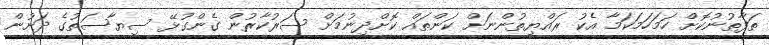
ތަފާތުނުކޮށް ހަމަހަމަކަމާ އެކު ރައްޔިތުންނަށް ކަންތައް ކޮށްދިނުމަށް ސަރުކާރުން ގެންގުޅޭ ސިޔާސަތުގެ ދަށުން